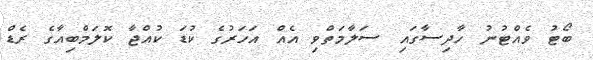
ބޯޓު ވެއްޓުނު ހާދިސާގައި ސަލާމަތްވި އެއް އަހަރުގެ ކުޑަ ކުއްޖާ ކޮލަމްބިއާގެ ރެޑް